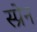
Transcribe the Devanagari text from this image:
स्प्रेन